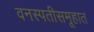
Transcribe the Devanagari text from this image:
वनस्पतीसमूहात